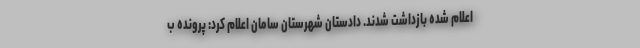
اعلام شده بازداشت شدند. دادستان شهرستان سامان اعلام کرد: پرونده ب